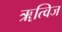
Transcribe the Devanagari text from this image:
ॠत्विज